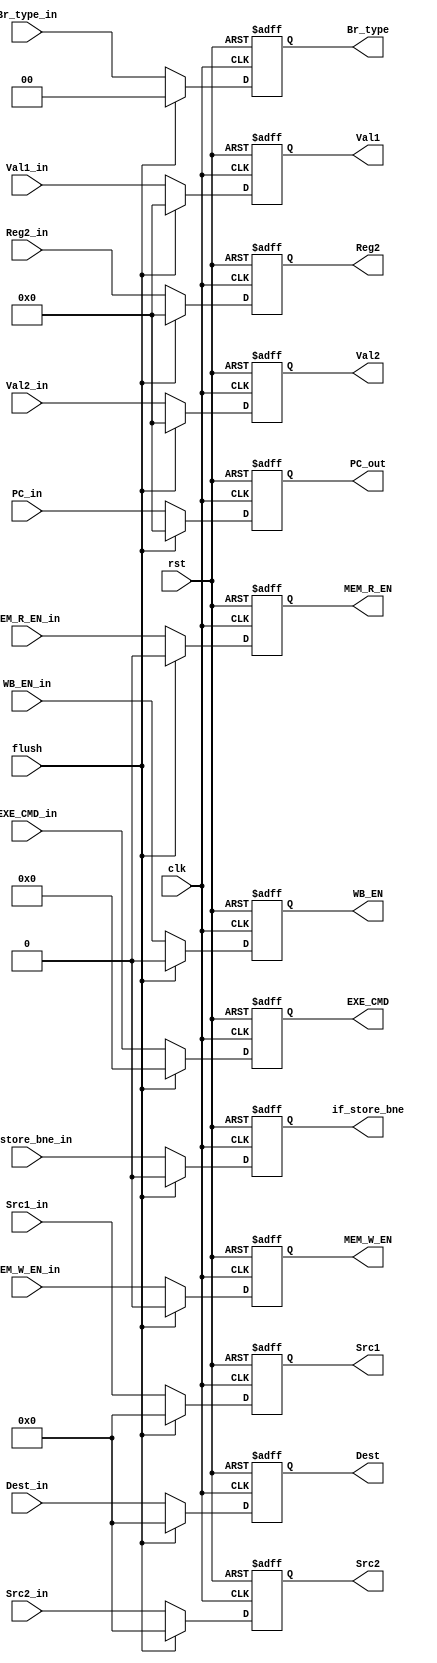
module ID_Stage_reg(
    input clk,
    input rst,
    input flush,

    input [4:0] Dest_in,
    input [4:0] Src1_in,
    input [4:0] Src2_in,
    input [31:0] Reg2_in,
    input [31:0] Val2_in,
    input [31:0] Val1_in,
    input [31:0] PC_in,
    input [1:0] Br_type_in,
    input [3:0] EXE_CMD_in,
    input MEM_R_EN_in,
    input MEM_W_EN_in,
    input WB_EN_in,
    input if_store_bne_in,

    output reg [4:0] Dest,
    output reg [4:0] Src1,
    output reg [4:0] Src2,
    output reg [31:0] Reg2,
    output reg [31:0] Val2,
    output reg [31:0] Val1,
    output reg [31:0] PC_out,
    output reg [1:0] Br_type,
    output reg [3:0] EXE_CMD,
    output reg MEM_R_EN,
    output reg MEM_W_EN,
    output reg WB_EN,
    output reg if_store_bne
);
    always @(posedge clk, posedge rst) begin
        if(rst) begin
            Dest <= 0;
            Src1 <= 0;
            Src2 <= 0;
            Reg2 <= 0;
            Val2 <= 0;
            Val1 <= 0;
            PC_out <= 0;
            Br_type <= 0;
            EXE_CMD <= 0;
            MEM_R_EN <= 0;
            MEM_W_EN <= 0;
            WB_EN <= 0;
            if_store_bne <= 0;
        end
        else if (flush) begin
            Dest <= 0;
            Src1 <= 0;
            Src2 <= 0;
            Reg2 <= 0;
            Val2 <= 0;
            Val1 <= 0;
            PC_out <= 0;
            Br_type <= 0;
            EXE_CMD <= 0;
            MEM_R_EN <= 0;
            MEM_W_EN <= 0;
            WB_EN <= 0;
            if_store_bne <= 0;
        end
        else begin
            Dest <= Dest_in;
            Src1 <= Src1_in;
            Src2 <= Src2_in;
            Reg2 <= Reg2_in;
            Val2 <= Val2_in;
            Val1 <= Val1_in;
            PC_out <= PC_in;
            Br_type <= Br_type_in;
            EXE_CMD <= EXE_CMD_in;
            MEM_R_EN <= MEM_R_EN_in;
            MEM_W_EN <= MEM_W_EN_in;
            WB_EN <= WB_EN_in;
            if_store_bne <= if_store_bne_in;
        end
    end
endmodule